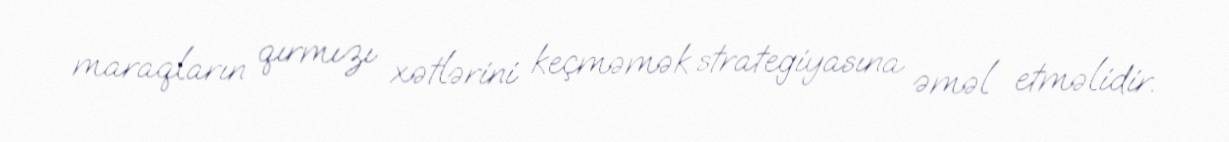
maraqların qırmızı xətlərini keçməmək strategiyasına əməl etməlidir.